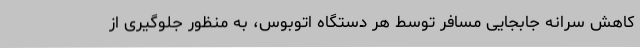
کاهش سرانه جابجایی مسافر توسط هر دستگاه اتوبوس، به منظور جلوگیری از